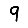
Digit: 9